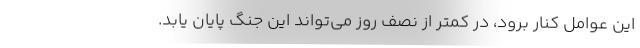
این عوامل کنار برود، در کمتر از نصف روز می‌تواند این جنگ پایان یابد.